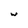
Character: w